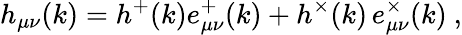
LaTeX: h_{\mu\nu}(k)=h^{+}(k)e_{\mu\nu}^{+}(k)+h^{\times}(k)\, e_{\mu\nu}^{\times}(k)\ ,